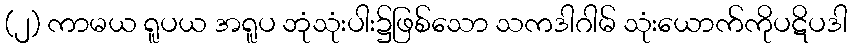
(၂) ကာမယ ရူပယ အရူပ ဘုံသုံးပါး၌ဖြစ်သော သကဒါဂါမ် သုံးယောက်ကိုပဋိပဒါ